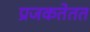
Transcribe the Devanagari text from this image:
प्रजकतेतत